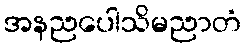
အနညပေါသိမညာတံ